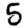
Digit: 5